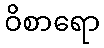
ဝိစာရော